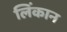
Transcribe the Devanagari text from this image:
लिंकान